Lunatic asylums Central Provinces reports 1910-1926 - 1910-1926
Year: 1910
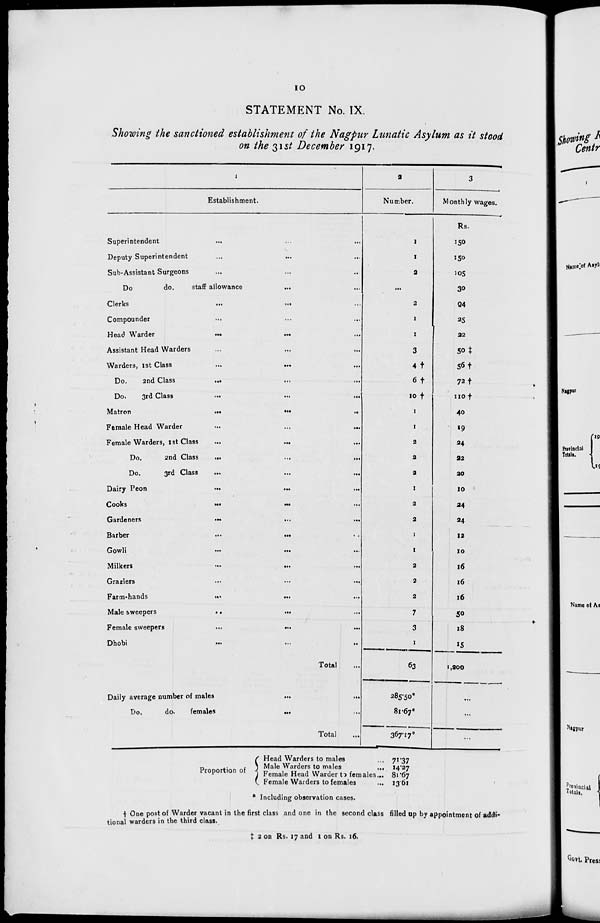
10
STATEMENT No. IX.
Showing the sanctioned establishment of the Nagpur Lunatic Asylum as it stood
on the 31st December 1917.
1
Establishment.
Superintendent ... ... ...
Deputy Superintendent ... ... ...
Sub-Assistant Surgeons ... ... ...
Do
do.
staff allowance ... ...
Clerks
...
...
...
Compounder ... ... ...
Head Warder
...
...
...
Assistant Head Warders ... ... ...
Warders, 1st Class
...
...
...
Do.
2nd Class
...
...
...
Do.
3rd Class
...
...
...
Matron
...
...
...
Female Head Warder ... ... ...
Female Warders, 1st Class
...
...
...
Do.
2nd Class
...
...
...
Do.
3rd Class
...
...
...
Dairy Peon
...
...
...
Cooks
...
...
...
Gardeners
...
...
...
Barber
...
...
...
Gowli
...
...
...
Milkers
...
...
...
Graziers
...
...
...
Farm-hands
...
...
...
Male sweepers
...
...
...
Female sweepers
...
...
...
Dhobi
...
...
...
Total ...
Daily average number of males
...
...
Do.
do.
females
...
...
...
Total ...
2
Number.
1
1
2
...
2
1
1
3
4 †
6 †
10 †
1
1
2
2
2
1
2
2
1
1
2
2
2
7
3
1
63
285.50*
81.67*
367.17*
3
Monthly wages.
Rs.
150
150
105
30
24
25
22
50 ‡
56 †
72 †
110 †
40
19
24
22
20
10
24
24
12
10
16
16
16
50
18
15
1,200
...
...
...
Proportion of
Head Warders to males ...
Male Warders to males
...
1 Female Head Warder to females...
Female Warders to females ...
71.37
14.27
81.67
13.61
* Including observation cases.
† One post of Warder vacant in the first class and one in the second class filled up by appointment of addi-
tional warders in the third class.
‡ 2 on Rs. 17 and 1 on Rs. 16.